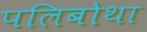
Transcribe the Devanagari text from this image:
पलिबोथा